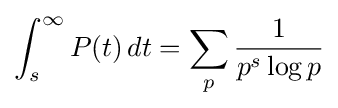
\int _{s}^{\infty }P(t)\,dt=\sum _{p}{\frac {1}{p^{s}\log p}}